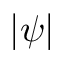
| \psi |